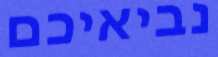
נביאיכם